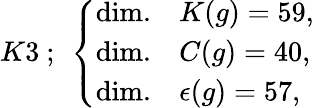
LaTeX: K3~;~\left\{ \begin{array}{ll}{{\mathrm{dim.}}}&{{K(g)=59,}}\\ {{\mathrm{dim.}}}&{{C(g)=40,}}\\ {{\mathrm{dim.}}}&{{\epsilon(g)=57,}}\end{array}\right.